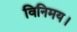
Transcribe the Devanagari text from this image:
विनिमय।